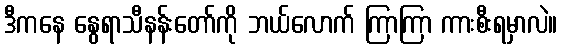
ဒီကနေ နွေရာသီနန်းတော်ကို ဘယ်လောက် ကြာကြာ ကားစီးရမှာလဲ။